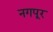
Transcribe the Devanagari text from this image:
नगपूर